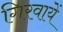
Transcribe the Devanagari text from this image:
गिरवायें